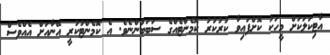
އާޓިކަލަކަށް މީހަކު ކޮށްފައިވާ ކުރުކުރު ކޮމެންޓެއްގެ ސަބަބުންނެވެ. އެ ކޮމެންޓުކުރީ އޭނާއަށް އެއްވެސް